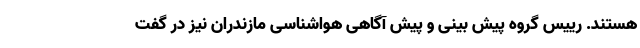
هستند. رییس گروه پیش بینی و پیش آگاهی هواشناسی مازندران نیز در گفت